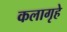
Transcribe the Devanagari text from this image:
कलागृहे